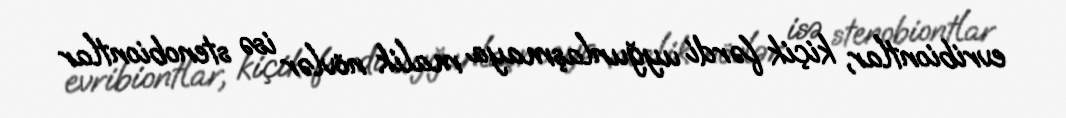
evribiontlar, kiçik fərdi uyğunlaşmaya malik növlər isə stenobiontlar